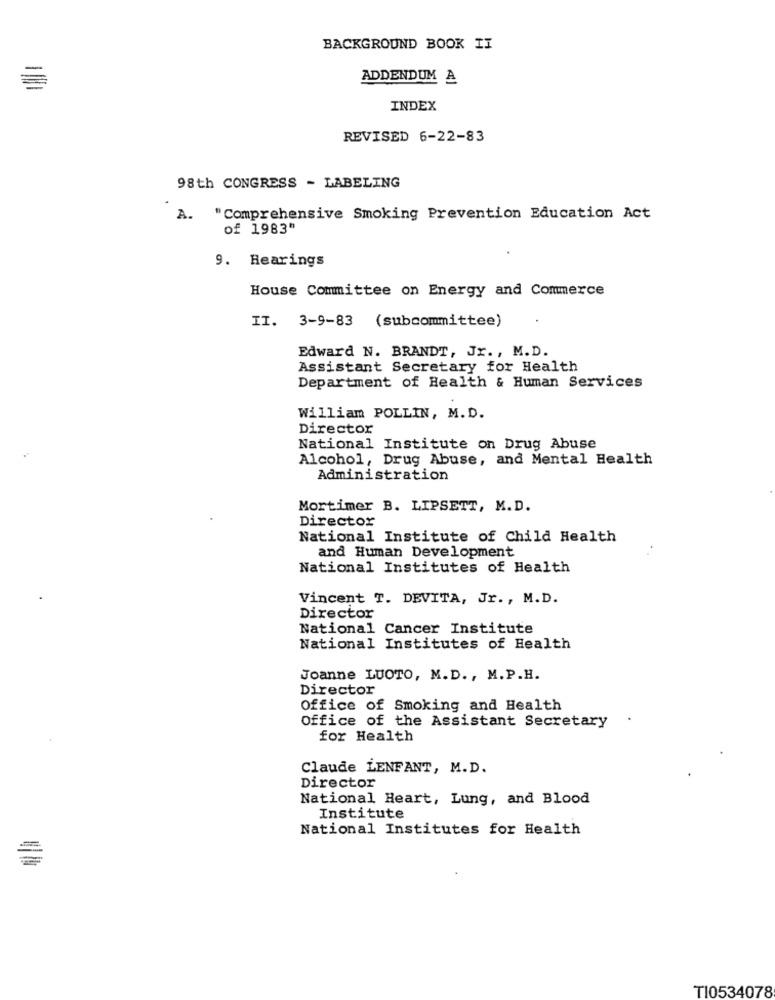
BACKGROUND BOOK II
ADDENDUM A
INDEX
REVISED 6-22-83
98th CONGRESS - LABELING
A. "Comprehensive Smoking Prevention Education Act
of 1983"
9. Hearings
House Committee on Energy and Commerce
II. 3-9-83 (subcommittee)
Edward N. BRANDT, Jr. , M.D.
Assistant Secretary for Health
Department of Health & Human Services
William POLLIN, M.D.
Director
National Institute on Drug Abuse
Alcohol, Drug Abuse, and Mental Health
Administration
Mortimer B. LIPSETT, M. D.
Director
National Institute of Child Health
and Human Development
National Institutes of Health
Vincent T. DEVITA, Jr ., M.D.
Director
National Cancer Institute
National Institutes of Health
Joanne LUOTO, M.D ., M. P.H.
Director
Office of Smoking and Health
Office of the Assistant Secretary
for Health
Claude LENFANT, M.D.
Director
National Heart, Lung, and Blood
Institute
National Institutes for Health
TI0534078